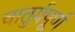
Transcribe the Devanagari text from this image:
चातुर्यपूर्ण